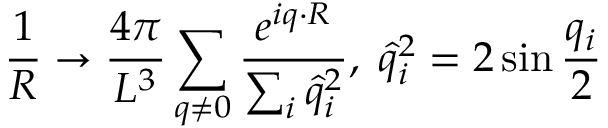
\frac { 1 } { R } \rightarrow \frac { 4 \pi } { L ^ { 3 } } \sum _ { q \not = 0 } \frac { e ^ { i q \cdot R } } { \sum _ { i } \hat { q } _ { i } ^ { 2 } } , \; \hat { q } _ { i } ^ { 2 } = 2 \sin \frac { q _ { i } } { 2 }